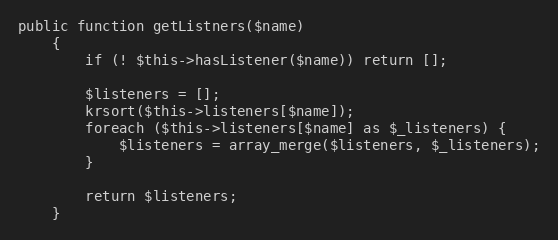
Language: PHP
public function getListners($name)
    {
        if (! $this->hasListener($name)) return [];

        $listeners = [];
        krsort($this->listeners[$name]);
        foreach ($this->listeners[$name] as $_listeners) {
            $listeners = array_merge($listeners, $_listeners);
        }

        return $listeners;
    }